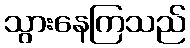
သွားနေကြသည်